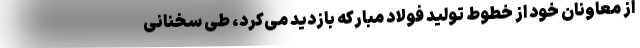
از معاونان خود از خطوط تولید فولاد مبارکه بازدید می‌کرد، طی سخنانی